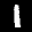
Label: 1